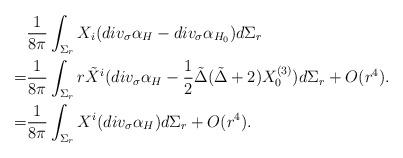
LaTeX: \begin{align*} &\frac{1}{8 \pi} \int_{\Sigma_r} X_i ( div_{\sigma} \alpha_{H} - div_{\sigma} \alpha_{H_0} )d \Sigma_r \\=& \frac{1}{8 \pi} \int_{\Sigma_r} r \tilde X^i ( div_{\sigma} \alpha_{H} -\frac{1}{2} \tilde \Delta ( \tilde \Delta +2 ) X_0^{(3)} ) d \Sigma_r +O(r^4).\\=& \frac{1}{8 \pi} \int_{\Sigma_r} X^i ( div_{\sigma} \alpha_{H} )d \Sigma_r +O(r^4).\end{align*}